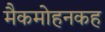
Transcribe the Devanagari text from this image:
मैकमोहनकह